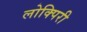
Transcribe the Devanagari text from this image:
लोक्पिरी